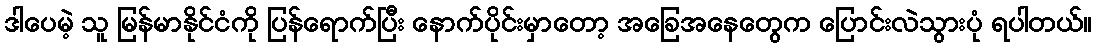
ဒါပေမဲ့ သူ မြန်မာနိုင်ငံကို ပြန်ရောက်ပြီး နောက်ပိုင်းမှာတော့ အခြေအနေတွေက ပြောင်းလဲသွားပုံ ရပါတယ်။